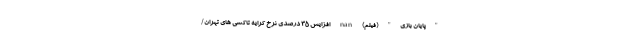
"پایان بازی" (فیلم) nan افزایش ۳۵ درصدی نرخ کرایه تاکسی های تهران/